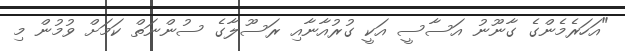
"އަހަރެމެންގެ ގާނޫނު އަސާސީ އަކީ ގުރުއާނާއި ރަސޫލާގެ ސުންނަތް ކަމަށް ވުމުން މި